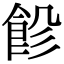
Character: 𩚺